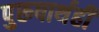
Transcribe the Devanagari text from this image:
पुरूषार्थही